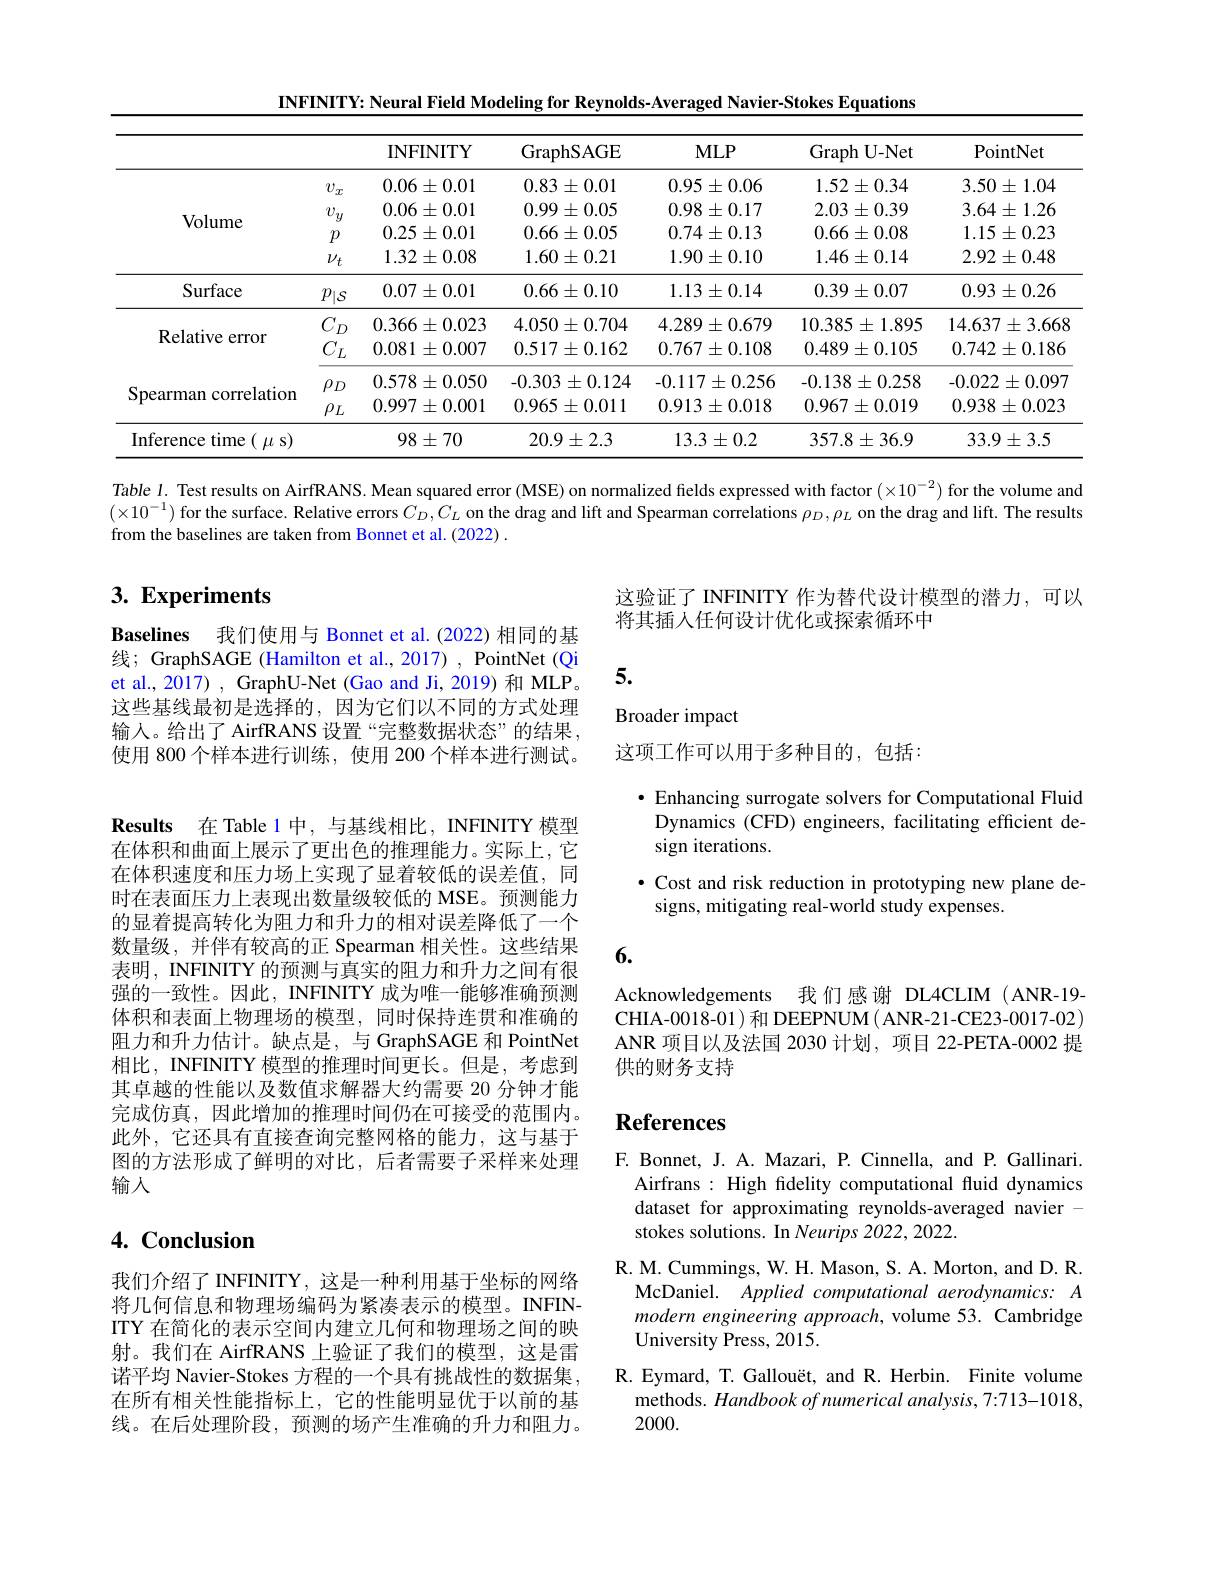
INFINITY: Neural Field Modeling for Reynolds-Averaged Navier-Stokes Equations

<table>
	<tbody>
		<tr>
			<th> </th>
			<th> </th>
			<th>INFINITY</th>
			<th>GraphSAGE</th>
			<th>$MLP$</th>
			<th>Graph $\mathbf{1}$U-Net</th>
			<th>PointNet</th>
		</tr>
		<tr>
			<td rowspan="4">Volume</td>
			<td>$v_x$</td>
			<td>$0.06\pm0.01$</td>
			<td>$0.83\pm0.01$</td>
			<td>$0.95\pm0.06$</td>
			<td>$1.52\pm0.34$</td>
			<td>$3.50\pm1.04$</td>
		</tr>
		<tr>
			<td>$v$ $y$</td>
			<td>$0.06\pm0.01$</td>
			<td>$0.99\pm0.05$</td>
			<td>$0.98\pm0.17$</td>
			<td>$2.03\pm0.39$</td>
			<td>$3.64\pm1.26$</td>
		</tr>
		<tr>
			<td>$p$</td>
			<td>$0.25\pm0.01$</td>
			<td>$0.66\pm0.05$</td>
			<td>$0.74\pm0.13$</td>
			<td>$0.66\pm0.08$</td>
			<td>$1.15\pm0.23$</td>
		</tr>
		<tr>
			<td>$\nu_{t}$</td>
			<td>$1.32\pm0.08$</td>
			<td>$1.60\pm0.21$</td>
			<td>$1.90\pm0.10$</td>
			<td>$1.46\pm0.14$</td>
			<td>$2.92\pm0.48$</td>
		</tr>
		<tr>
			<td>Surface</td>
			<td>$p_{|\mathcal{S}}$</td>
			<td>$0.07\pm0.01$</td>
			<td>$0.66\pm0.10$</td>
			<td>$1.13\pm0.14$</td>
			<td>$0.39\pm0.07$</td>
			<td>$0.93\pm0.26$</td>
		</tr>
		<tr>
			<td rowspan="2">Relative error</td>
			<td>$C_D$ 1 </td>
			<td>$0.366\pm0.023$</td>
			<td>$4.050\pm0.704$</td>
			<td>$4.289\pm0.679$</td>
			<td>$10.385\pm1.895$</td>
			<td>$14.637\pm3.668$</td>
		</tr>
		<tr>
			<td>$C_L$</td>
			<td>$0.081\pm0.007$</td>
			<td>$0.517\pm0.162$</td>
			<td>$0.767\pm0.108$</td>
			<td>$0.489\pm0.105$</td>
			<td>$0.742\pm0.186$</td>
		</tr>
		<tr>
			<td rowspan="2">Spearman correlation</td>
			<td>$\rho_D$</td>
			<td>$0.578\pm0.050$</td>
			<td>-0.303 $3\pm0.124$</td>
			<td>$-0.117\pm0.256$</td>
			<td>$-0.138\pm0.258$</td>
			<td>-0.022 $2\pm0.097$</td>
		</tr>
		<tr>
			<td>$\rho_{L}$</td>
			<td>$0.997\pm0.001$</td>
			<td>$0.965\pm0.011$</td>
			<td>$0.913\pm0.018$</td>
			<td>$0.967\pm0.019$</td>
			<td>$0.938\pm0.023$</td>
		</tr>
		<tr>
			<td>Inference t time $\mu s)$</td>
			<td> </td>
			<td>$98\pm70$</td>
			<td>$20.9\pm2.3$</td>
			<td>$13.3\pm0.2$</td>
			<td>$357.8\pm36.9$</td>
			<td>$33.9\pm3.5$</td>
		</tr>
	</tbody>
</table>

Table 1. Test results on AirfRANS. Mean squared error (MSE) on normalized fields expressed with factor $(\times10^{-2})$ for the volume and $(\times10^{-1})$ for the surface. Relative errors $C_D,C_L$ on the drag and lift and Spearman correlations $\rho_D,\rho_L$ on the drag and lift. The results from the baselines are taken from Bonnet et al.(2022) .

# 3. Experiments

这验证了 INFINITY 作为替代设计模型的潜力，可以
将其插入任何设计优化或探索循环中

5.

Baselines 我们使用与 Bonnet et al.(2022)相同的基线；GraphSAGE (Hamilton et al., 2017) , PointNet (Qi et al., 2017) , GraphU-Net (Gao and Ji, 2019) 和 MLP。这些基线最初是选择的，因为它们以不同的方式处理输入。给出了 AirfRANS 设置“完整数据状态”的结果， 使用 800 个样本进行训练，使用 200 个样本进行测试。

Broader impact

这项工作可以用于多种目的，包括：

$\bullet$ Enhancing surrogate solvers for Computational Fluid Dynamics (CFD) engineers, facilitating efficient design iterations.
$\bullet$ Cost and risk reduction in prototyping new plane de-
signs, mitigating real-world study expenses.

$\textbf{Results 在 Table 1中 , 与 基 线 相 比 , INFINITY模 型 }$ 在体积和曲面上展示了更出色的推理能力。实际上，它在体积速度和压力场上实现了显着较低的误差值，同时在表面压力上表现出数量级较低的 MSE。预测能力的显着提高转化为阻力和升力的相对误差降低了一个数量级，并伴有较高的正 Spearman 相关性。这些结果表明，INFINITY 的预测与真实的阻力和升力之间有很强的一致性。因此，INFINITY 成为唯一能够准确预测体积和表面上物理场的模型，同时保持连贯和准确的阻力和升力估计。缺点是，与 GraphSAGE 和 PointNet 相比，INFINITY 模型的推理时间更长。但是，考虑到其卓越的性能以及数值求解器大约需要 20 分钟才能完成仿真，因此增加的推理时间仍在可接受的范围内。此外，它还具有直接查询完整网格的能力，这与基于图的方法形成了鲜明的对比，后者需要子采样来处理输人

### 6.

Acknowledgements 我们感谢 DL4CLIM (ANR-19- CHIA- 0018- 01)和 DEEPNUM( ANR-21-CE23-0017-02) ANR 项目以及法国 2030 计划，项目 22-PETA-0002 提供的财务支持

### $\textbf{References}$

## 4. Conclusion

F. Bonnet, J. A. Mazari, P. Cinnella, and P. Gallinari.
Airfrans : High fidelity computational fluid dynamics dataset for approximating reynolds-averaged navier - stokes solutions. In Neurips 2022, 2022.
R. M. Cummings, W. H. Mason, S. A. Morton, and D. R.
McDaniel. Applied computational aerodynamics: A modern engineering approach, volume 53. Cambridge University Press, 2015.
R. Eymard, T. Gallouët, and R. Herbin. Finite volume
methods. Handbook of numerical analysis, 7:713-1018,
2000.

我们介绍了 INFINITY, 这是一种利用基于坐标的网络将几何信息和物理场编码为紧凑表示的模型。INFINITY 在简化的表示空间内建立几何和物理场之间的映射。我们在 AirfRANS 上验证了我们的模型，这是雷诺平均 Navier-Stokes 方程的一个具有挑战性的数据集， 在所有相关性能指标上，它的性能明显优于以前的基线。在后处理阶段，预测的场产生准确的升力和阻力。